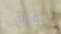
بالورق